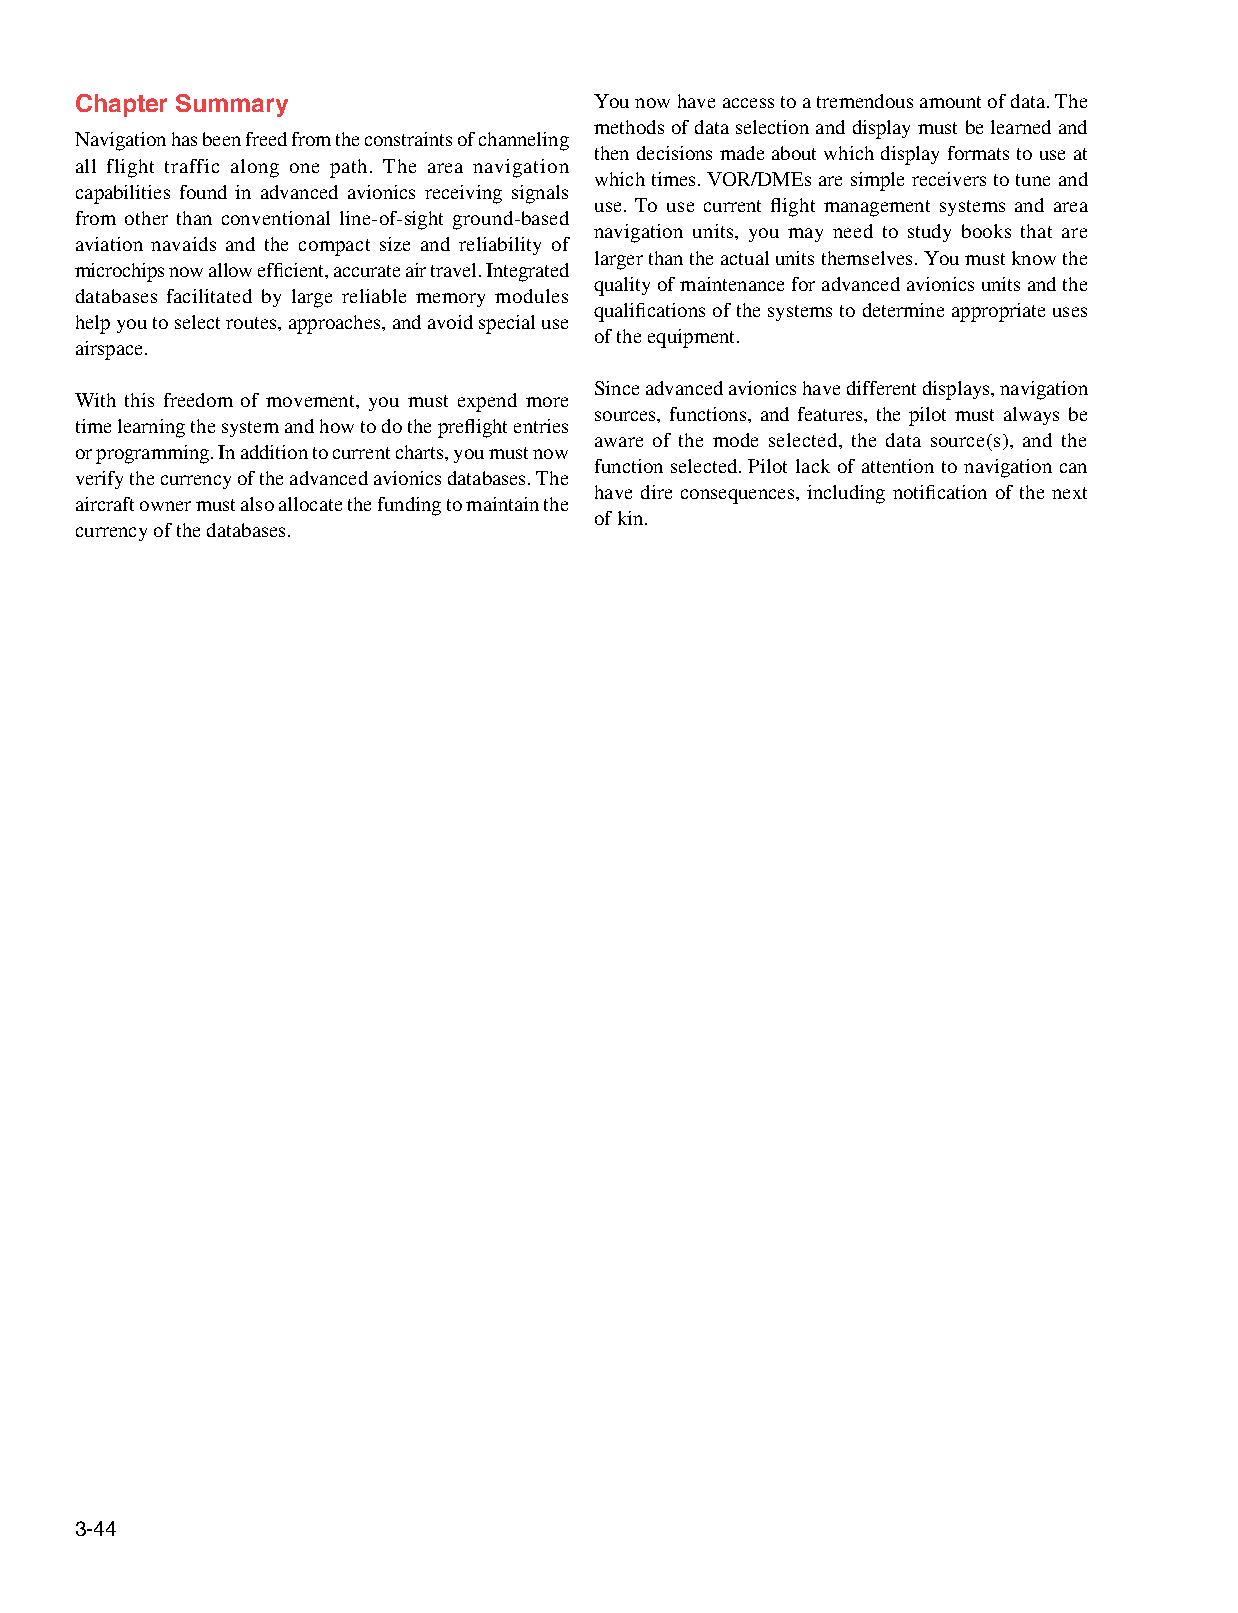
Chapter Summary                   You now have access to a tremendous amount of data. The
 methods of data selection and display must be learned and
 Navigation has been freed from the constraints of channeling
 then decisions made about which display formats to use at
 all flight traffic along one path. The area navigation
 which times. VOR/DMEs are simple receivers to tune and
 capabilities found in advanced avionics receiving signals
 use. To use current flight management systems and area
 from other than conventional line‑of‑sight ground‑based
 navigation units, you may need to study books that are
 aviation navaids and the compact size and reliability of
 larger than the actual units themselves. You must know the
 microchips now allow efficient, accurate air travel. Integrated
 quality of maintenance for advanced avionics units and the
 databases facilitated by large reliable memory modules
 qualifications of the systems to determine appropriate uses
 help you to select routes, approaches, and avoid special use
 of the equipment.
 airspace.
 Since advanced avionics have different displays, navigation
 With this freedom of movement, you must expend more
 sources, functions, and features, the pilot must always be
 time learning the system and how to do the preflight entries
 aware of the mode selected, the data source(s), and the
 or programming. In addition to current charts, you must now
 function selected. Pilot lack of attention to navigation can
 verify the currency of the advanced avionics databases. The
 have dire consequences, including notification of the next
 aircraft owner must also allocate the funding to maintain the
 of kin.
 currency of the databases.
 3-44